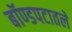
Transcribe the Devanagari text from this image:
बॉण्डपटातले